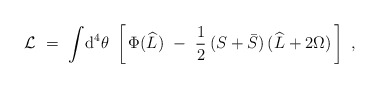
\begin{align*}{\cal L}\ =\ \int \! \mbox{d}^4 \theta\ \left[\, \Phi (\widehat L)\ -\ \frac{1}{2}\: (S + \bar S)\, (\widehat L + 2 \Omega)\, \right]\ ,\end{align*}